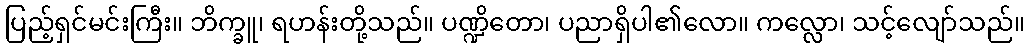
ပြည့်ရှင်မင်းကြီး။ ဘိက္ခူ၊ ရဟန်းတို့သည်။ ပဏ္ဍိတော၊ ပညာရှိပါ၏လော။ ကလ္လော၊ သင့်လျော်သည်။